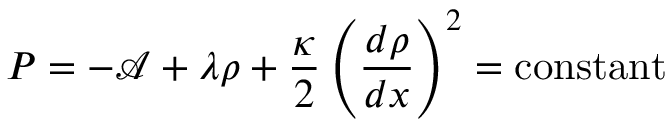
P = - \mathcal { A } + \lambda \rho + \frac { \kappa } { 2 } \left( \frac { d \rho } { d x } \right) ^ { 2 } = \mathrm { c o n s t a n t }